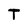
Character: T